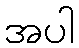
အပါ